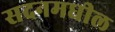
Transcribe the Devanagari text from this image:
सदनमधील